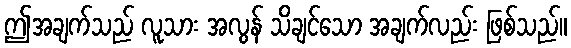
ဤအချက်သည် လူသား အလွန် သိချင်သော အချက်လည်း ဖြစ်သည်။